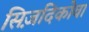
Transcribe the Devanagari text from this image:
सिज़दिकोवा